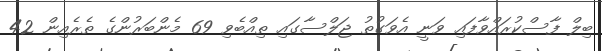
ބިލް ފާސްކުރައްވާފައި ވަނީ އެވަގުތު ޖަލްސާގައި ތިއްބެވި 69 މެންބަރުންގެ ތެރެއިން 42